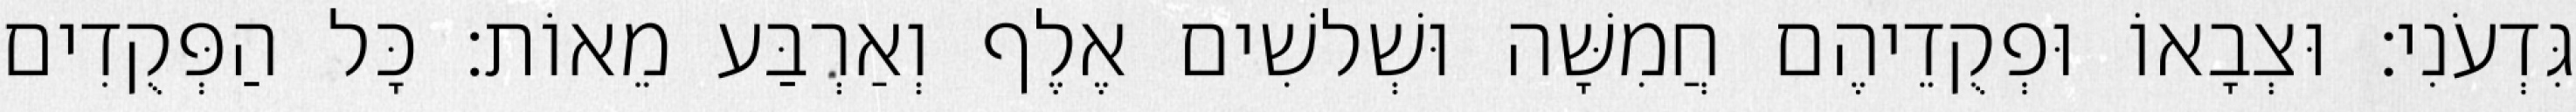
גִּדְעֹנִי׃ וּצְבָאוֹ וּפְקֻדֵיהֶם חֲמִשָּׁה וּשְׁלשִׁים אֶלֶף וְאַרְבַּע מֵאוֹת׃ כָּל הַפְּקֻדִים